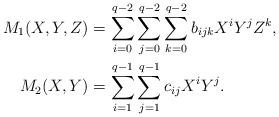
LaTeX: \begin{align*}M_1(X,Y,Z) &= \sum_{i=0}^{q-2} \sum_{j=0}^{q-2} \sum_{k=0}^{q-2}b_{ijk} X^iY^jZ^k,\\M_2(X,Y) &= \sum_{i=1}^{q-1} \sum_{j=1}^{q-1} c_{ij} X^i Y^j.\end{align*}